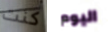
كنت اليوم